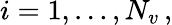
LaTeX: i=1,\dots,N_{v}\, ,